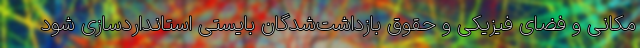
مکانی و فضای فیزیکی و حقوق بازداشت‌شدگان بایستی استانداردسازی شود